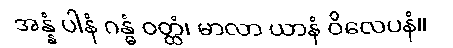
အန္နံ ပါနံ ဂန္ဓံ ဝတ္ထံ၊ မာလာ ယာနံ ဝိလေပနံ။